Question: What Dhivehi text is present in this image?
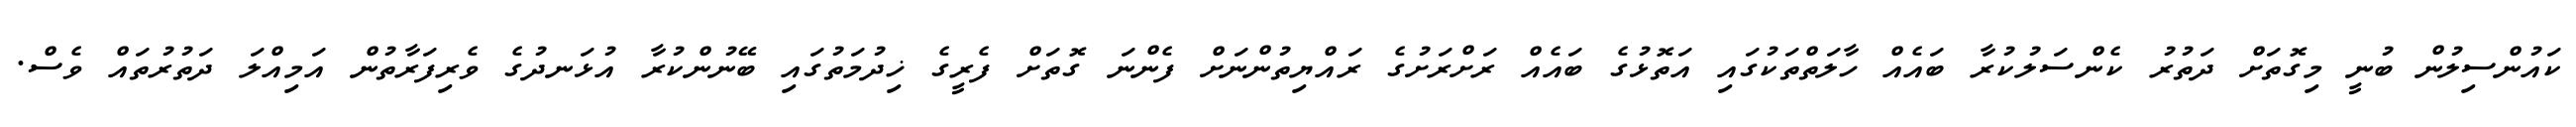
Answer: ކައުންސިލުން ބުނީ މިގޮތަށް ދަތުރު ކެންސަލުކުރާ ބައެއް ހާލަތްތަކުގައި އަތޮޅުގެ ބައެއް ރަށްރަށުގެ ރައްޔިތުންނަށް ފެންނަ ގޮތަށް ފެރީގެ ޚިދުމަތުގައި ބޭނުންކުރާ އުޅަނދުގެ ވެރިފަރާތުން އަމިއްލަ ދަތުރުތައް ވެސް.